Report of an investigation of the epidemic of malarial fever in Assam, or, kala-azar
Disease focus: Malaria
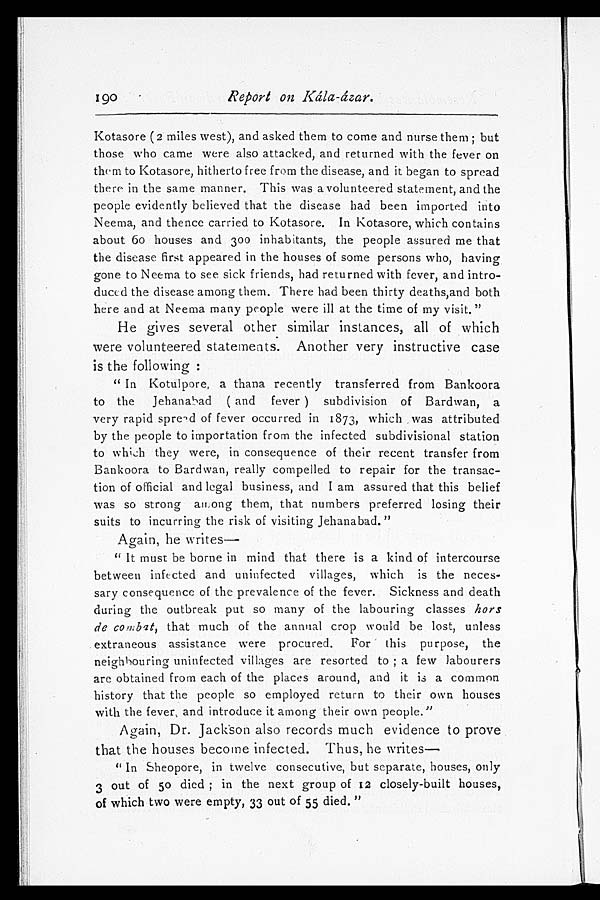
Report on Kála-ázar.
Kotasore (2 miles west), and asked them to come and nurse them; but
those who came were also attacked, and returned with the fever on
them to Kotasore, hitherto free from the disease, and it began to spread
there in the same manner. This was a volunteered statement, and the
people evidently believed that the disease had been imported into
Neema, and thence carried to Kotasore. In Kotasore, which contains
about 60 houses and 300 inhabitants, the people assured me that
the disease first appeared in the houses of some persons who, having
gone to Neema to see sick friends, had returned with fever, and intro
-duced the disease among them. There had been thirty deaths,and both
here and at Neema many people were ill at the time of my visit."
He gives several other similar instances, all of which
were volunteered statements. Another very instructive case
is the following:
"In Kotulpore, a thana recently transferred from Bankoora
to the Jehanabad (and fever) subdivision of Bardwan, a
very rapid spread of fever occurred in 1873, which was attributed
by the people to importation from the infected subdivisional station
to which they were, in consequence of their recent transfer from
Bankoora to Bardwan, really compelled to repair for the transac
- t i o n o f o f f i c i a l a n d l e g a l b u s i n e s s , a n d I a m a s s u r e d t h a t t h i s b e l i e f
was so strong among them, that numbers preferred losing their
suits to incurring the risk of visiting Jehanabad."
Again, he writes—
"It must be borne in mind that there is a kind of intercourse
between infected and uninfected villages, which is the neces
-sary consequence of the prevalence of the fever. Sickness and death
during the outbreak put so many of the labouring classes hors
de combat , that much of the annual crop would be lost, unless
extraneous assistance were procured. For this purpose, the
neighbouring uninfected villages are resorted to; a few labourers
are obtained from each of the places around, and it is a common
history that the people so employed return to their own houses
with the fever, and introduce it among their own people."
Again, Dr. Jackson also records much evidence to prove
that the houses become infected. Thus, he writes
—
"In Sheopore, in twelve consecutive, but separate, houses, only
3 out of 50 died; in the next group of 12 closely-built houses,
of which two were empty, 33 out of 55 died."